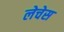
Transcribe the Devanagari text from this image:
लेचेस